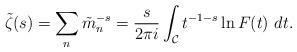
LaTeX: \begin{align*}\tilde\zeta(s)= \sum_n \tilde m_n^{-s}= {s\over 2\pi i}\int_{\cal C} t^{-1-s}\ln F(t)\ dt.\end{align*}